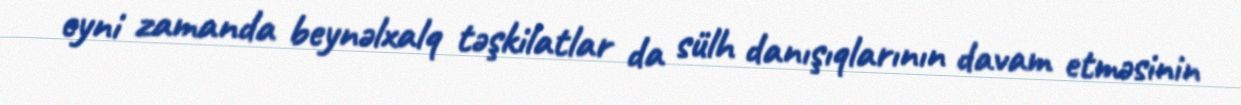
eyni zamanda beynəlxalq təşkilatlar da sülh danışıqlarının davam etməsinin